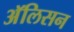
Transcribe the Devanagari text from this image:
अॅलिसन